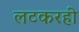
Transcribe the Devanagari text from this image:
लटकरही